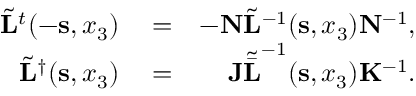
\begin{array} { r l r } { \tilde { \bf L } ^ { t } ( - { \bf s } , x _ { 3 } ) } & { { } = } & { - { \bf N } \tilde { \bf L } ^ { - 1 } ( { \bf s } , x _ { 3 } ) { \bf N } ^ { - 1 } , } \\ { \tilde { \bf L } ^ { \dagger } ( { \bf s } , x _ { 3 } ) } & { { } = } & { { \bf J } { \tilde { \bar { \bf L } } } ^ { - 1 } ( { \bf s } , x _ { 3 } ) { \bf K } ^ { - 1 } . } \end{array}